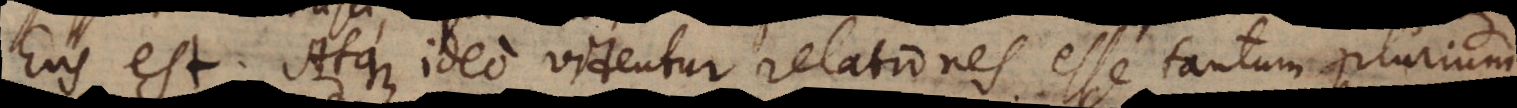
Ens est. Atque ideo videntur relationes esse tantum plurium.